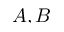
A , B